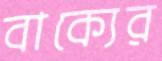
বাক্যের